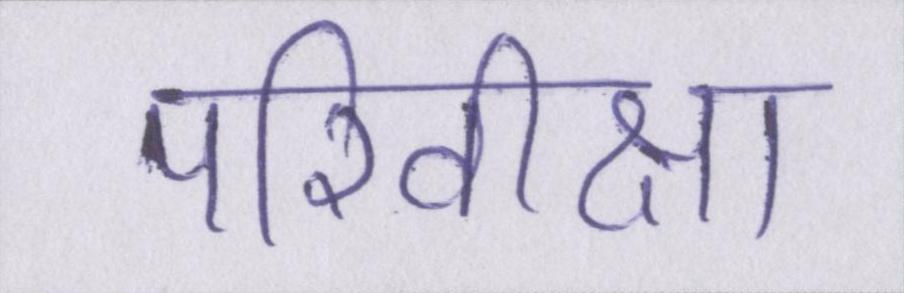
परिवीक्षा